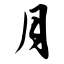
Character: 月